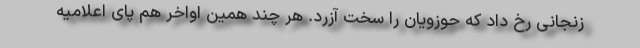
زنجانی رخ داد که حوزویان را سخت آزرد. هر چند همین اواخر هم پای اعلامیه